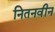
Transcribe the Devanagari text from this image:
नितनवीन